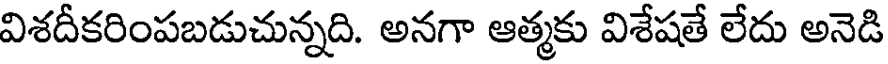
విశదీకరింపబడుచున్నది. అనగా ఆత్మకు విశేషతే లేదు అనెడి